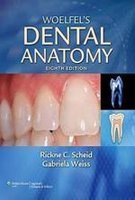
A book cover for Woelfel's Dental Anatomy 8Ed (Pb 2012); Scheid R.C.; Medical Books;